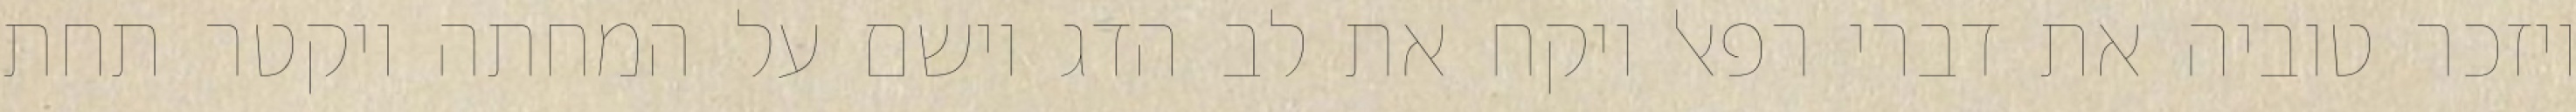
ויזכר טוביה את דברי רפאל ויקח את לב הדג וישם על המחתה ויקטר תחת